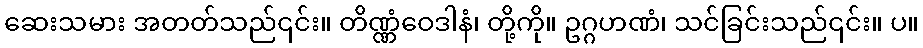
ဆေးသမား အတတ်သည်၎င်း။ တိဏ္ဏံဝေဒါနံ၊ တို့ကို။ ဥဂ္ဂဟဏံ၊ သင်ခြင်းသည်၎င်း။ ပ။